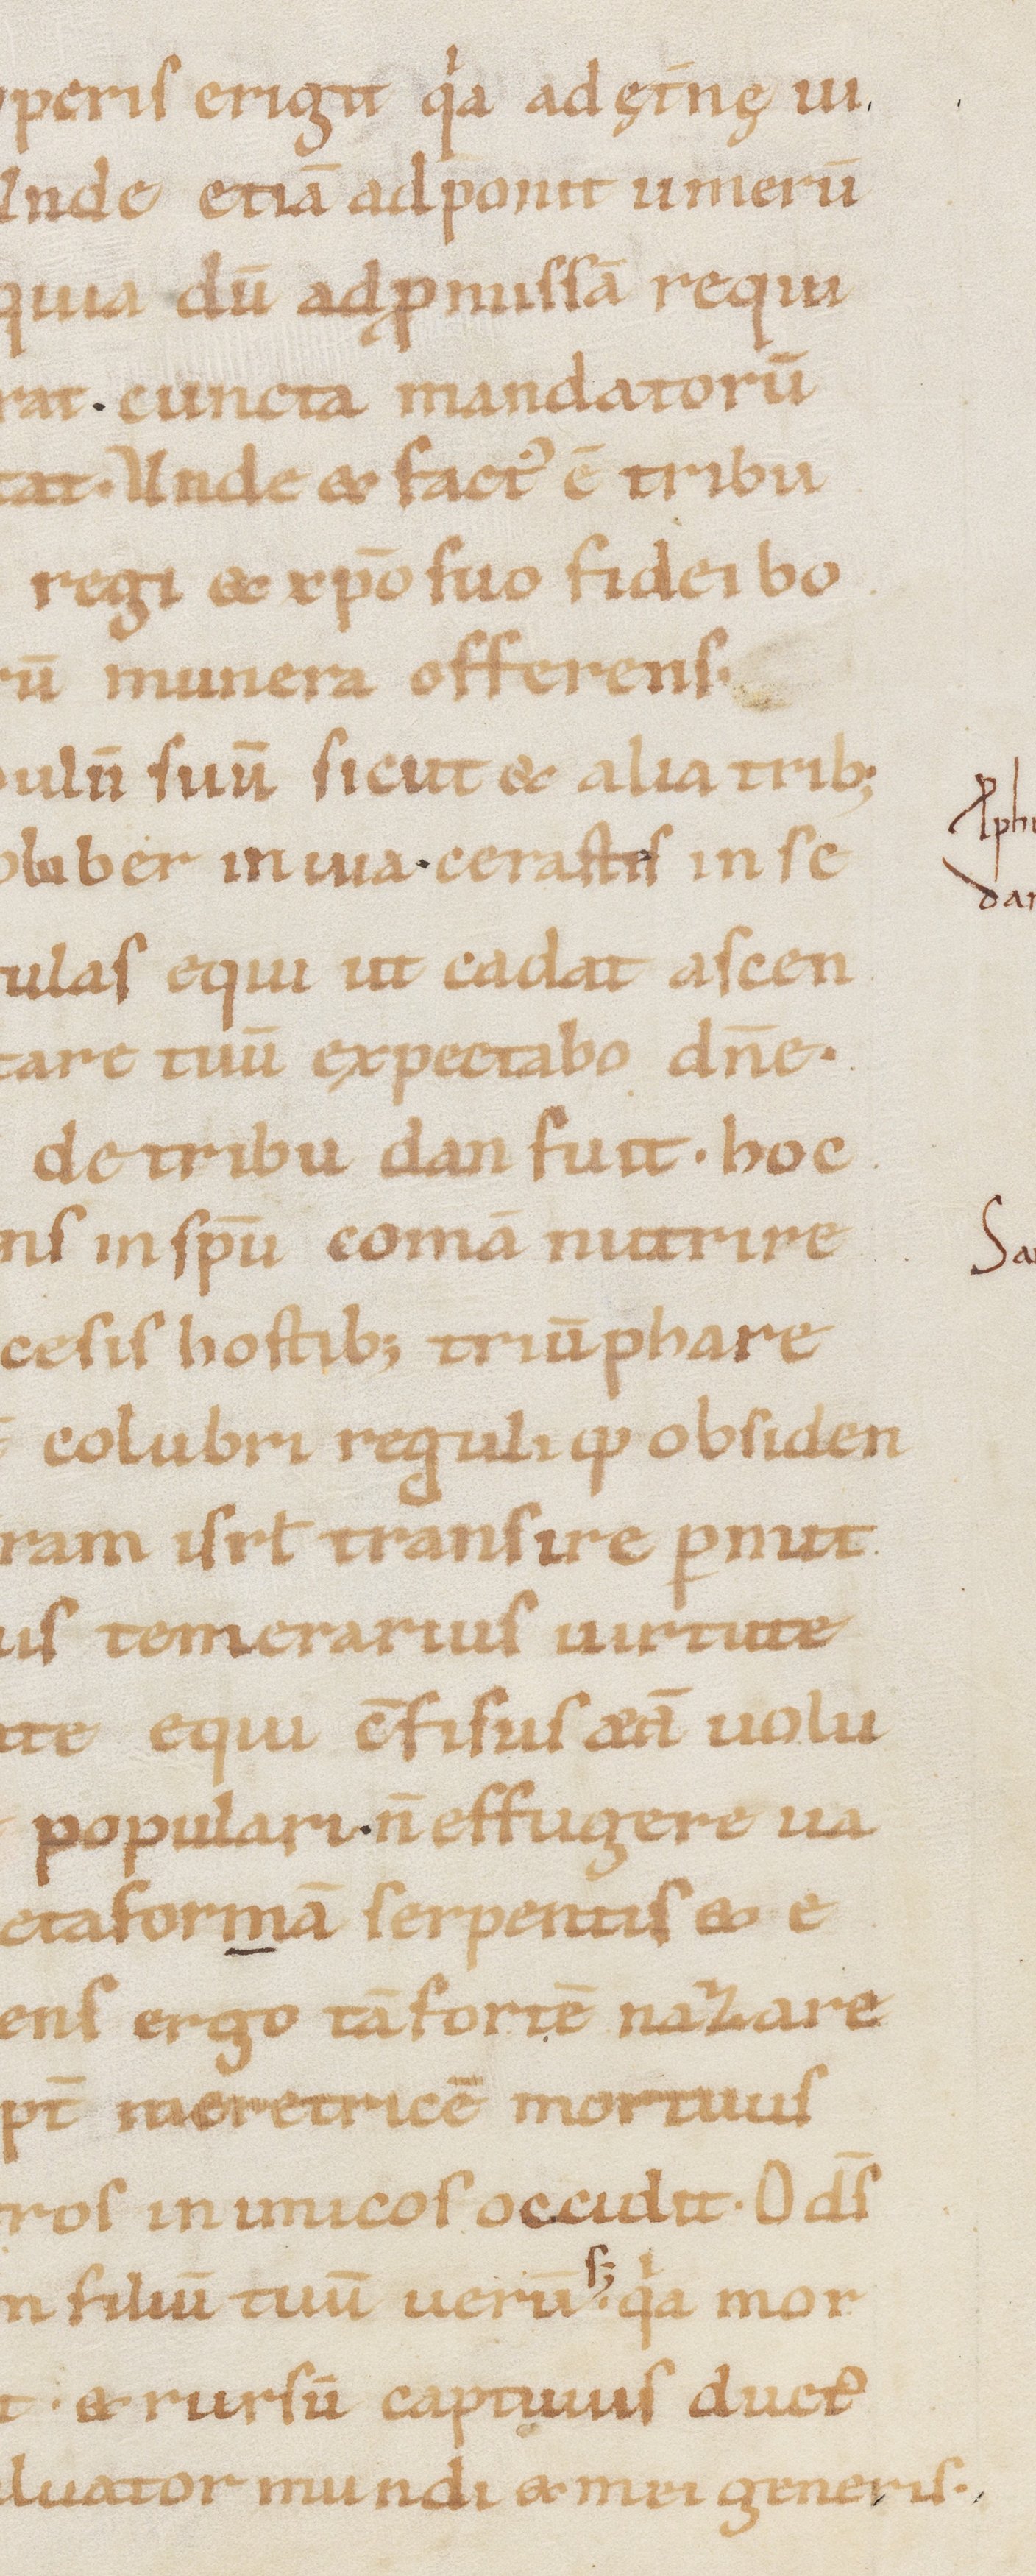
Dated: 1000–1099